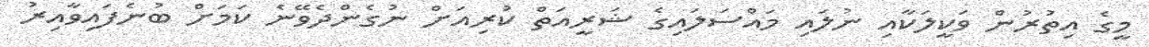
މީގެ އިތުރުން ވަކީލަކާއި ނުލައި މައްސަލައިގެ ޝަރީއަތް ކުރިއަށް ނުގެންދެވޭނެ ކަމަށް ބުނެފައިވާއިރު